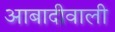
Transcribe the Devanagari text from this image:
आबादीवाली